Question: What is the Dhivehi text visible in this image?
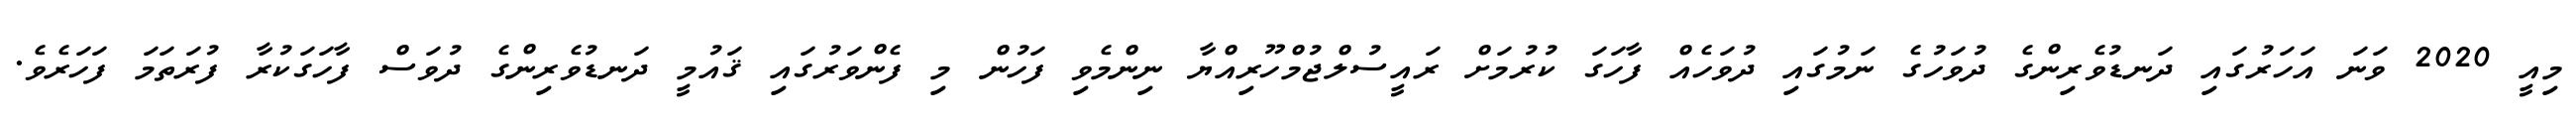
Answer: މިއީ 2020 ވަނަ އަހަރުގައި ދަނޑުވެރިންގެ ދުވަހުގެ ނަމުގައި ދުވަހެއް ފާހަގަ ކުރުމަށް ރައީސުލްޖުމްހޫރިއްޔާ ނިންމެވި ފަހުން މި ފެންވަރުގައި ޤައުމީ ދަނޑުވެރިންގެ ދުވަސް ފާހަގަކުރާ ފުރަތަމަ ފަހަރެވެ.